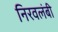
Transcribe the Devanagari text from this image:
निरवलंबी